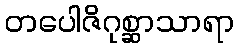
တပေါဇိဂုစ္ဆာသာရာ